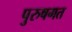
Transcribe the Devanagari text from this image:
पुरुषगत